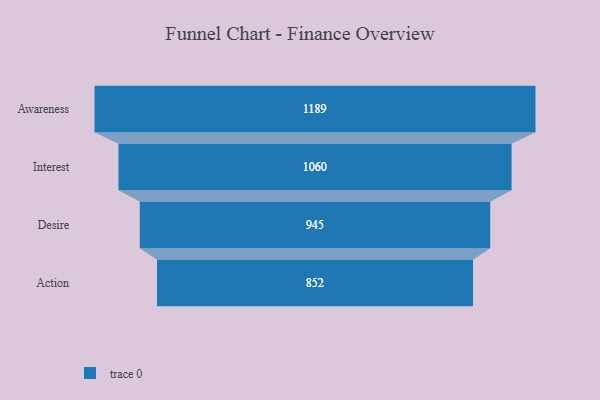
{"axis": {"x": "Stage", "y": "Value"}, "legend": [""], "data": [{"x": "Awareness", "y": 1189.0, "type": ""}, {"x": "Interest", "y": 1060.0, "type": ""}, {"x": "Desire", "y": 945.0, "type": ""}, {"x": "Action", "y": 852.0, "type": ""}]}